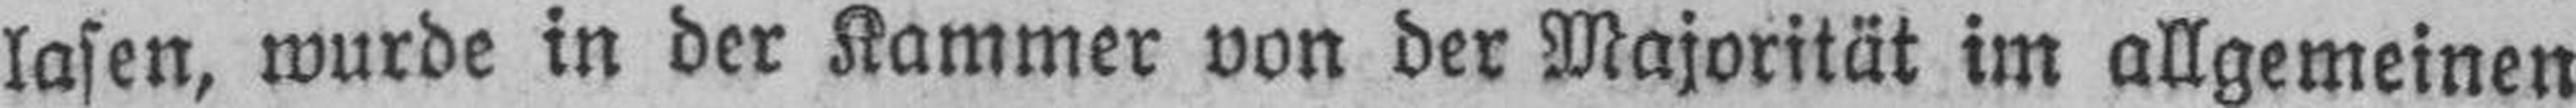
lasen, wurde in der Kammer von der Majorität im allgemeinen